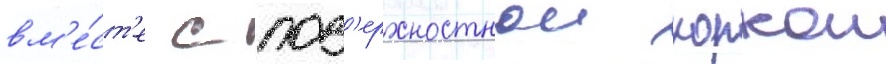
вм'е́ст'е с пов'ерхностнои коркои